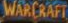
WARCRAFT